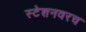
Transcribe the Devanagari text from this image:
स्टेशनवरच